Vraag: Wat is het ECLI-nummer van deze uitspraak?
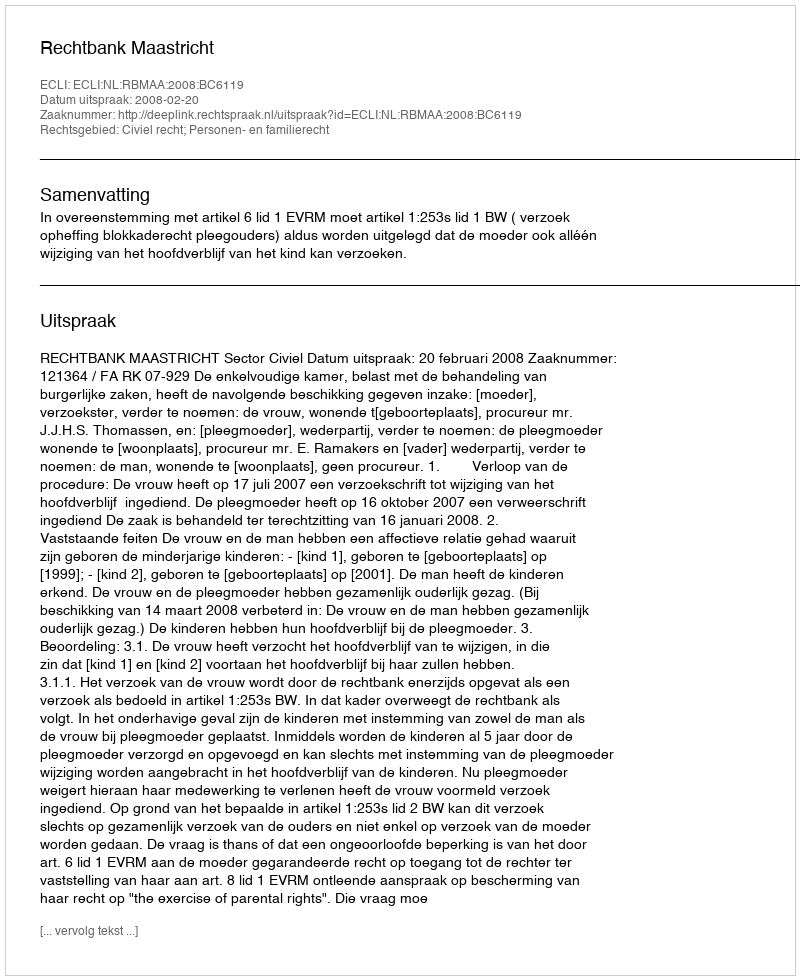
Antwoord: ECLI:NL:RBMAA:2008:BC6119